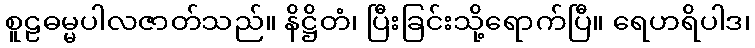
စူဠဓမ္မပါလဇာတ်သည်။ နိဋ္ဌိတံ၊ ပြီးခြင်းသို့ရောက်ပြီ။ ရေဟရိပါဒ၊